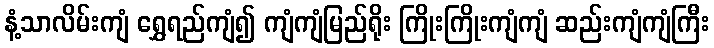
နံ့သာလိမ်းကျံ ရွှေရည်ကျံ၍ ကျံကျံမြည်ရိုး ကြိုးကြိုးကျံကျံ ဆည်းကျံကျံကြီး